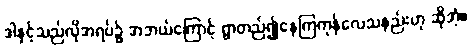
ဒါနှင့်သည်လိုအရပ်၌ အဘယ်ကြောင့် ရွာတည်၍နေကြကုန်လေသနည်းဟု ဆိုအံ့။